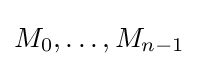
M_{0},\ldots ,M_{n-1}